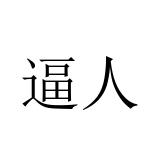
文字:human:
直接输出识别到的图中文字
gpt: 逼人